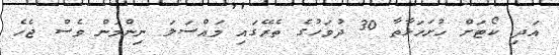
އަދި ކޯޓަށް ހުށަހަޅާތާ 30 ދުވަހުގެ ތެރޭގައި މައްސަލަ ނިންމަން ވެސް ޖެހެ